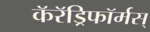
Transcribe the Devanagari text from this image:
कॅरॅड्रिफॉर्मस्